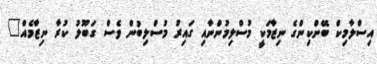
އިސްލާމިކް ބޭންކިންގެ ނިޒާމަކީ މުސްލިމުންނާއި ގައިރު މުސްލިބުން ވެސް ގަބޫލު ކުރާ ނިޒާމެއް"